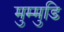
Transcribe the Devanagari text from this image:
मुम्मुडि